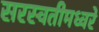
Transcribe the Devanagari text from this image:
सरस्वतीमध्वरे